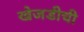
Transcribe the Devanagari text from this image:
खेजडीची